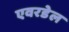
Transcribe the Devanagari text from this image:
एवरडेल